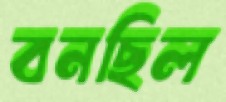
বনছিল